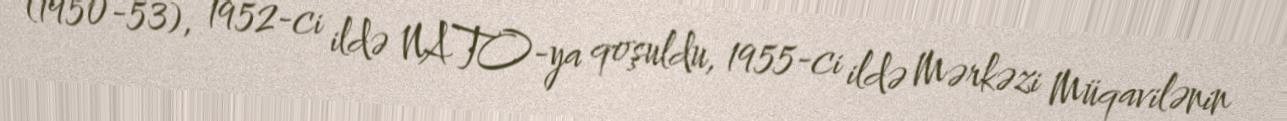
(1950-53), 1952-ci ildə NATO-ya qoşuldu, 1955-ci ildə Mərkəzi Müqavilənin